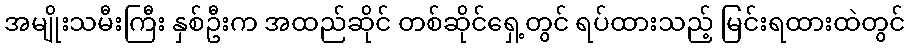
အမျိုးသမီးကြီး နှစ်ဦးက အထည်ဆိုင် တစ်ဆိုင်ရှေ့တွင် ရပ်ထားသည့် မြင်းရထားထဲတွင်